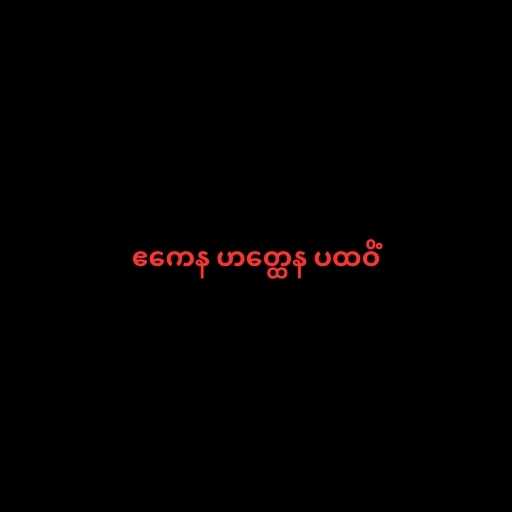
ဧကေန ဟတ္ထေန ပထဝိံ